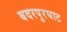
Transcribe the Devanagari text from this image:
बदरपुरघाट